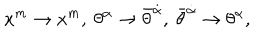
LaTeX: x ^ { m } \rightarrow x ^ { m } , \ \theta ^ { \alpha } \rightarrow \bar { \theta } ^ { \dot { \alpha } } , \ \bar { \theta } ^ { \dot { \alpha } } \rightarrow \theta ^ { \alpha } ,